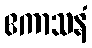
ဧကာသနံ